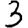
Digit: 3